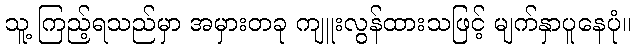
သူ့ ကြည့်ရသည်မှာ အမှားတခု ကျူးလွန်ထားသဖြင့် မျက်နှာပူနေပုံ။